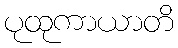
ပုထုကာယာတိ